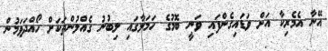
އޭނާ އެމެރިކާ އަށް ވަޑައިގެންފައި ވަނީ ބޮމުގެ ހަމަލާގައި ލިބުނު ގެއްލުންތަކަށް ހޯއްދަވަމުން